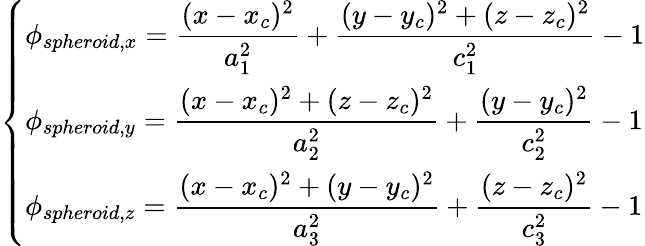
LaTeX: \left\{ \begin{array}{ll}{\displaystyle{\phi_{spheroid,x}=\frac{(x-x_{c})^{2}}{a_{1}^{2}}+\frac{(y-y_{c})^{2}+(z-z_{c})^{2}}{c_{1}^{2}}-1}}\\ {\displaystyle{\phi_{spheroid,y}=\frac{(x-x_{c})^{2}+(z-z_{c})^{2}}{a_{2}^{2}}+\frac{(y-y_{c})^{2}}{c_{2}^{2}}-1}}\\ {\displaystyle{\phi_{spheroid,z}=\frac{(x-x_{c})^{2}+(y-y_{c})^{2}}{a_{3}^{2}}+\frac{(z-z_{c})^{2}}{c_{3}^{2}}-1}}\end{array}\right.